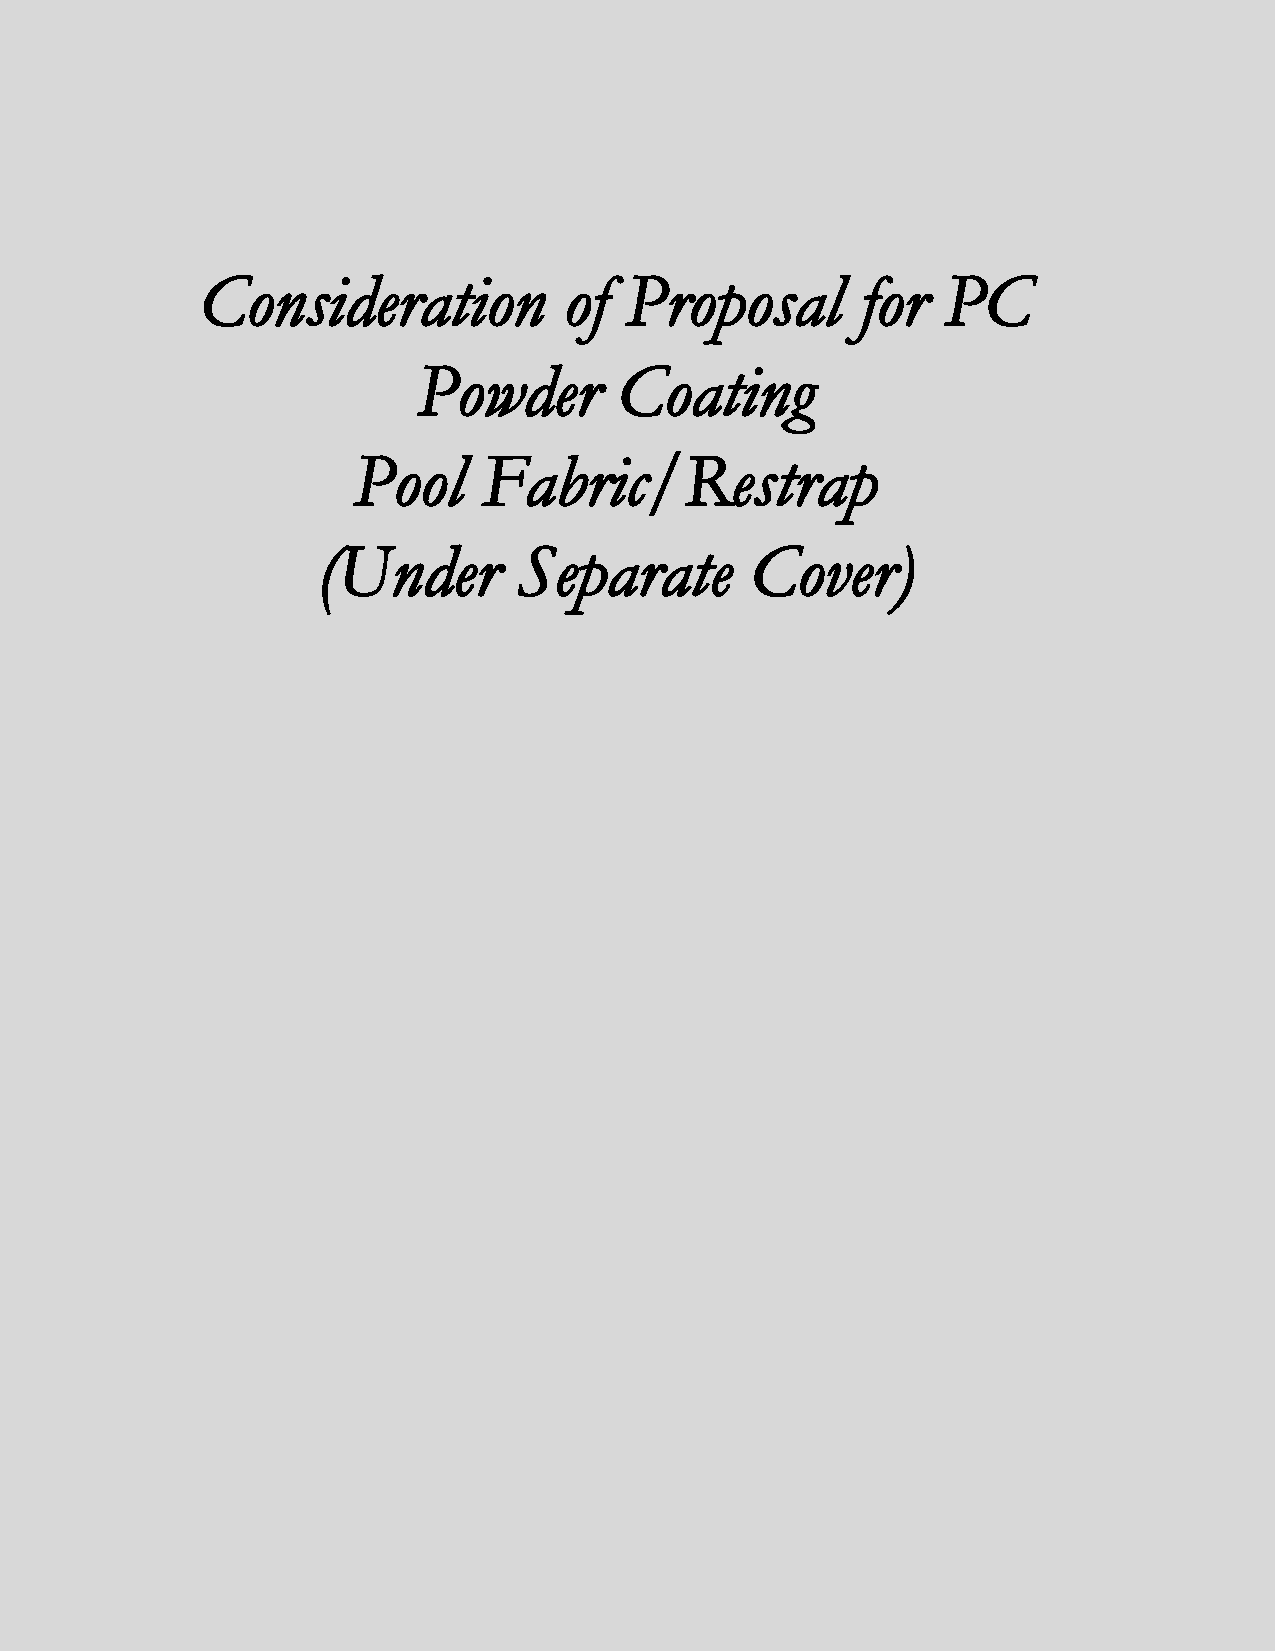
Consideration           of  Proposal        for   PC
 Powder       Coating
 Pool     Fabric/Restrap
 (Under       Separate        Cover)